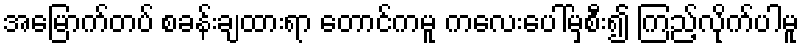
အမြောက်တပ် စခန်းချထားရာ တောင်ကမူ ကလေးပေါ်မှစီး၍ ကြည့်လိုက်ပါမူ